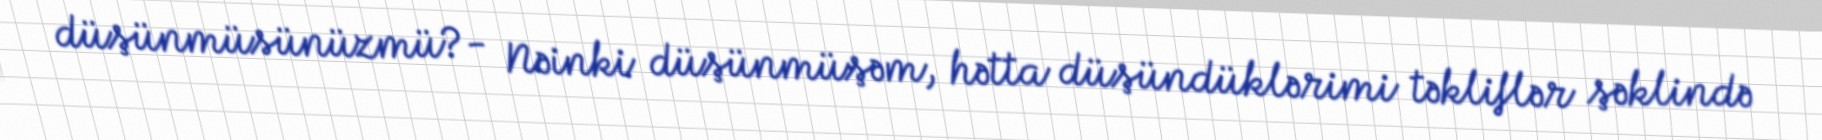
düşünmüsünüzmü?- Nəinki düşünmüşəm, hətta düşündüklərimi təkliflər şəklində